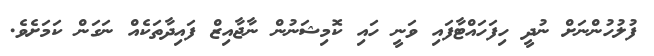
ފުލުހުންނަށް ނުދީ ހިފަހައްޓާފައި ވަނީ ހައި ކޮމިޝަނުން ނާޖާއިޒް ފައިދާތަކެއް ނަގަން ކަމަށެވެ.